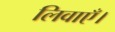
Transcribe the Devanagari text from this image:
लिवाएँ।